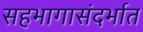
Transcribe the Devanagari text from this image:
सहभागासंदर्भात